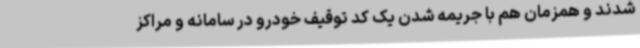
شدند و همزمان هم با جریمه شدن یک کد توقیف خودرو در سامانه و مراکز